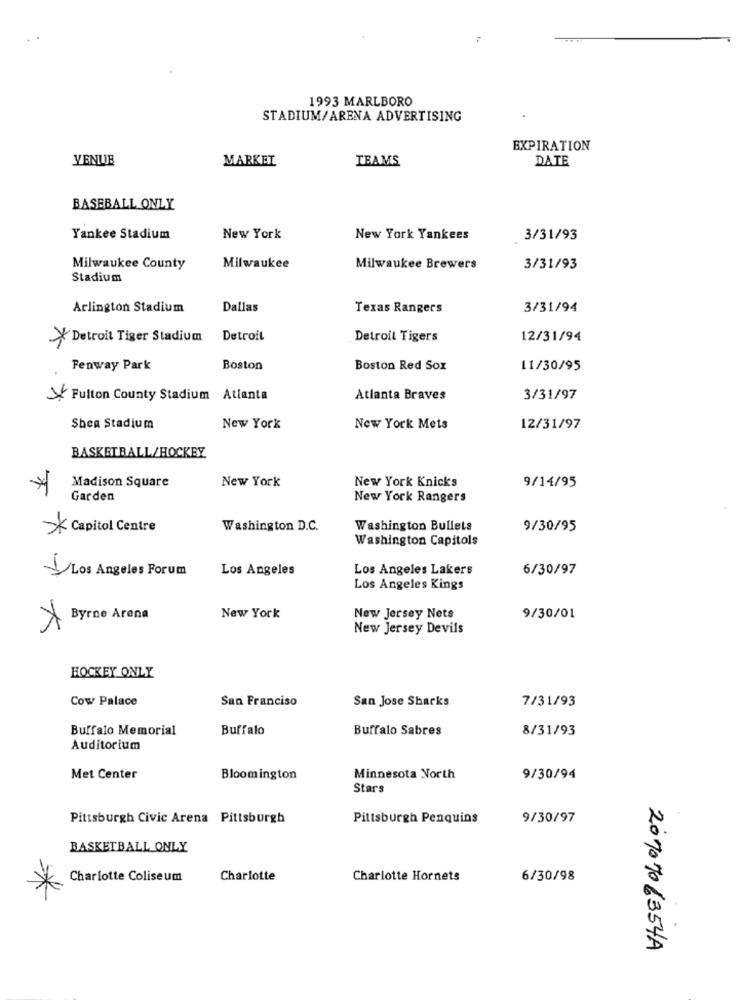
1993 MARLBORO
STADIUM/ARENA ADVERTISING
EXPIRATION
VENUB
MARKET
IBAMS
DATE
BASEBALL ONLY
Yankee Stadium
New York
New York Yankees
3/31/93
Milwaukee County
Milwaukee
Milwaukee Brewers
3/31/93
Stadium
Arlington Stadium
Dallas
Texas Rangers
3/31/94
* Detroit Tiger Stadium
Detroit
Detroit Tigers
12/31/94
Fenway Park
Boston
Boston Red Sox
11/30/95
X Fulton County Stadium Atlanta
Atlanta Braves
3/31/97
Shea Stadium
New York
New York Mets
12/31/97
BASKETBALL/HOCKBY
Madison Square
New York
New York Knicks
9/14/95
Garden
New York Rangers
* Capitol Centre
Washington D.C.
Washington Bullets
9/30/95
Washington Capitols
Los Angeles Forum
Los Angeles
Los Angeles Lakers
6/30/97
Los Angeles Kings
X
Byrne Arena
New York
New Jersey Nets
9/30/01
New Jersey Devils
HOCKEY ONLY
Cow Palace
San Franciso
San Jose Sharks
7/31/93
Buffalo Memorial
Buffalo
Buffalo Sabres
8/31/93
Auditorium
Met Center
Bloomington
Minnesota North
9/30/94
Stars
Pittsburgh Civic Arena Pittsburgh
Pittsburgh Penquins
9/30/97
BASKETBALL ONLY
Charlotte Coliseum
Charlotte
Charlotte Hornets
6/30/98
2070706354A